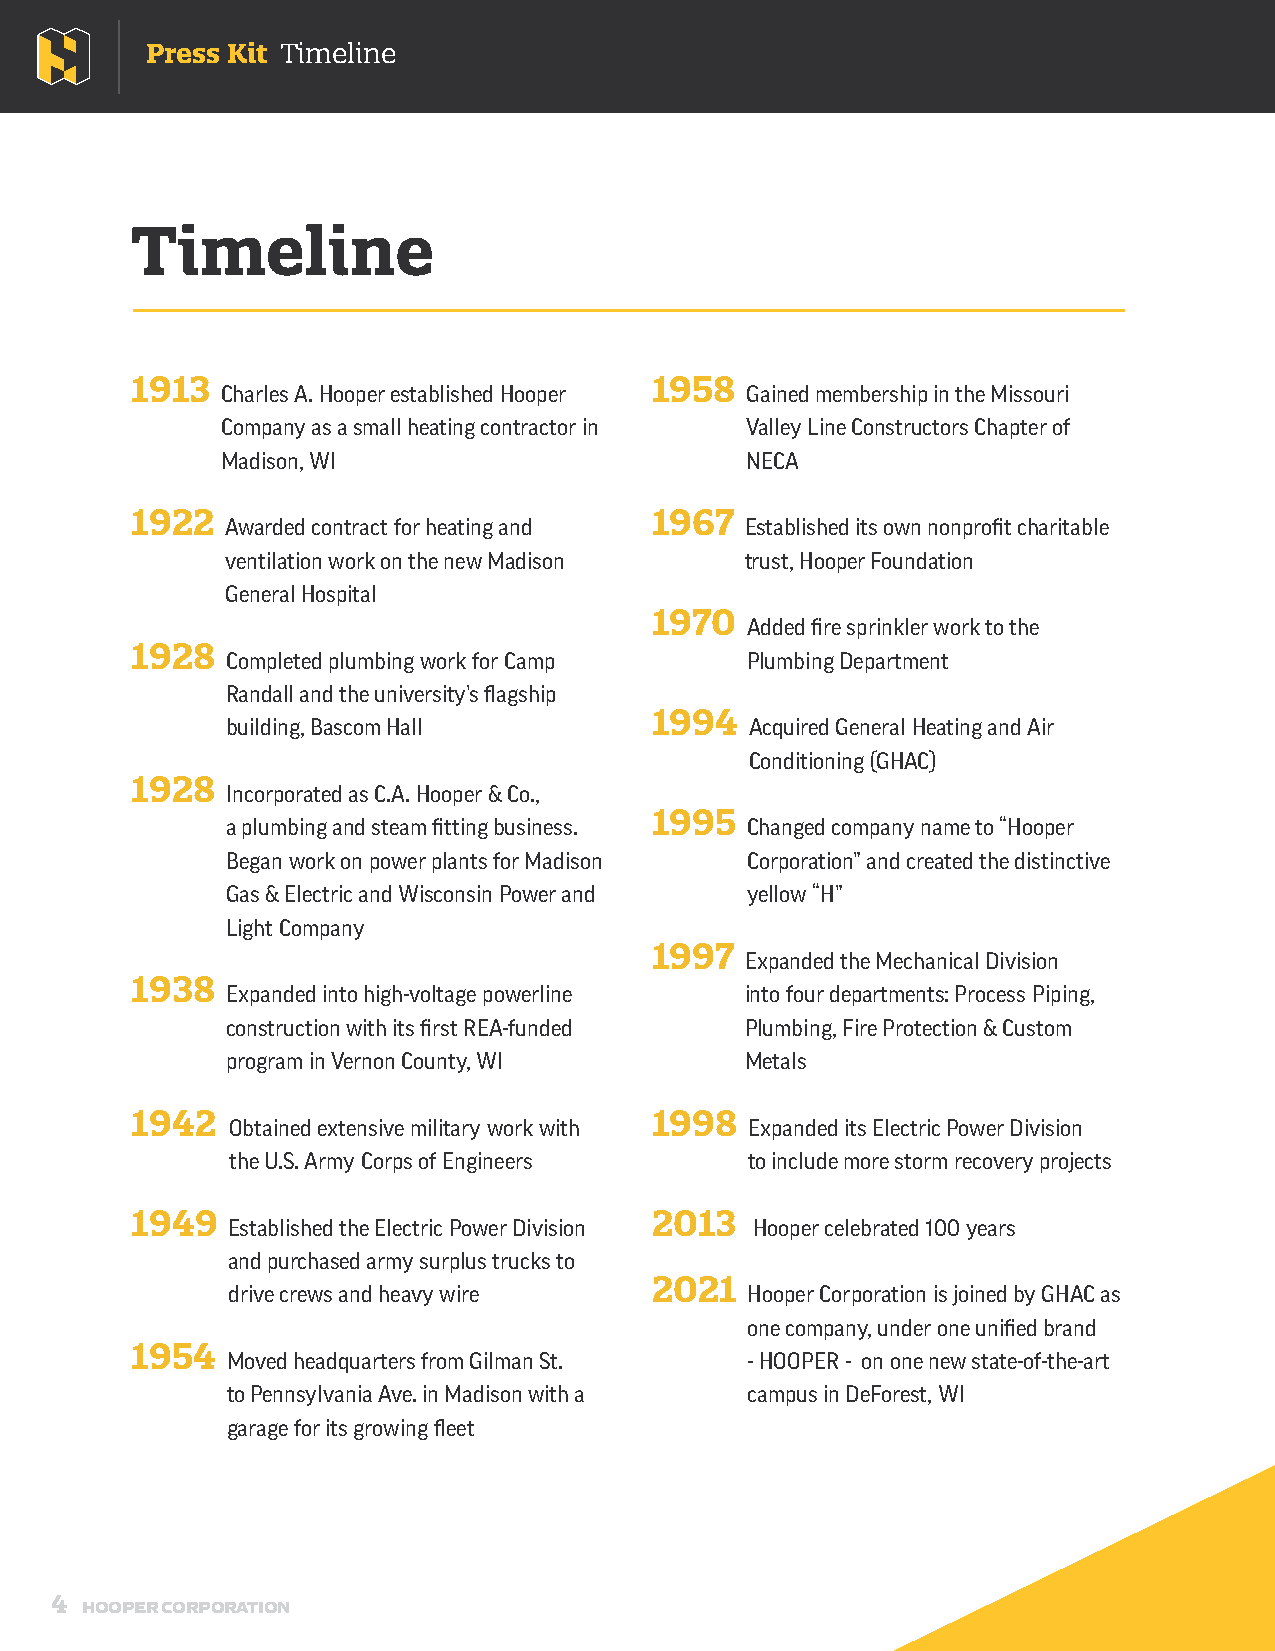
Press Kit Timeline
 Timeline
 1913                              1958
 Charles A. Hooper established Hooper Gained membership in the Missouri
 Company as a small heating contractor in Valley Line Constructors Chapter of
 Madison, WI                       NECA
 1922                              1967
 Awarded contract for heating and  Established its own nonprofit charitable
 ventilation work on the new Madison trust, Hooper Foundation
 General Hospital
 1970
 Added fire sprinkler work to the
 1928
 Completed plumbing work for Camp  Plumbing Department
 Randall and the university’s flagship
 1994
 building, Bascom Hall              Acquired General Heating and Air
 Conditioning (GHAC)
 1928
 Incorporated as C.A. Hooper & Co.,
 1995
 a plumbing and steam fitting business. Changed company name to “Hooper
 Began work on power plants for Madison Corporation” and created the distinctive
 Gas & Electric and Wisconsin Power and yellow “H”
 Light Company
 1997
 Expanded the Mechanical Division
 1938
 Expanded into high-voltage powerline into four departments: Process Piping,
 construction with its first REA-funded Plumbing, Fire Protection & Custom
 program in Vernon County, WI      Metals
 1942                              1998
 Obtained extensive military work with Expanded its Electric Power Division
 the U.S. Army Corps of Engineers   to include more storm recovery projects
 1949                              2013
 Established the Electric Power Division Hooper celebrated 100 years
 and purchased army surplus trucks to
 2021
 drive crews and heavy wire        Hooper Corporation is joined by GHAC as
 one company, under one unified brand
 1954
 Moved headquarters from Gilman St. - HOOPER - on one new state-of-the-art
 to Pennsylvania Ave. in Madison with a campus in DeForest, WI
 garage for its growing fleet
 4
 HOOPER CORPORATION